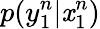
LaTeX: p(y_{1}^{n}|\mathit{x}_{1}^{n})